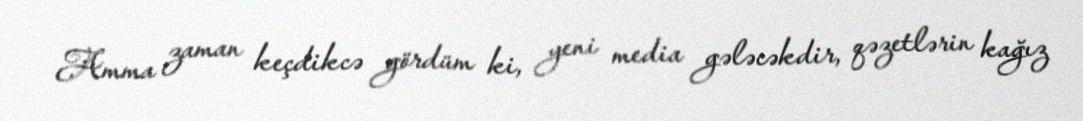
Amma zaman keçdikcə gördüm ki, yeni media gələcəkdir, qəzetlərin kağız